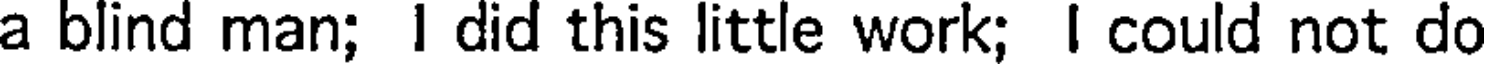
a blind man; I did this little work; I could not do